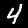
Digit: 4